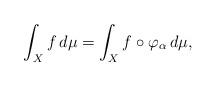
LaTeX: \begin{align*} \int_X f\,d\mu=\int_X f\circ\varphi_\alpha\,d\mu,\end{align*}